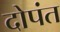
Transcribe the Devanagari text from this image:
दोपंत